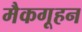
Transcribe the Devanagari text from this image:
मैकगूहन